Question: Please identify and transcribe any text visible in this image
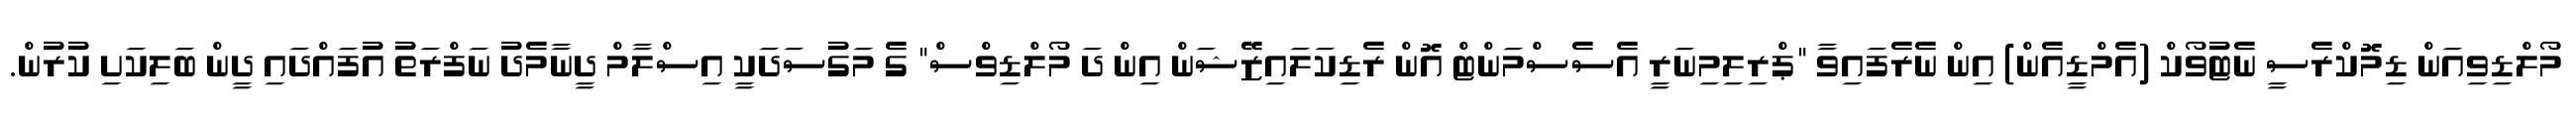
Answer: މޯލްޑިވިއަން ޑިމޮކްރެސީ ނެޓުވޯކް (އެމްޑީއެން) އިން ނެރެފައިވާ "ޕްރިލިމިނަރީ އެސެސްމަންޓް އޮން ރެޑިކަލައިޒޭޝަން އިން ދަ މޯލްޑިވްސް" ގެ މަގުސަދަކީ އިސްލާމް ދީނާމެދު ނަފްރަތު އުފައްދައި ދީން ބަލިކަށި ކުރުން.